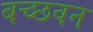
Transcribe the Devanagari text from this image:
बच्छवन